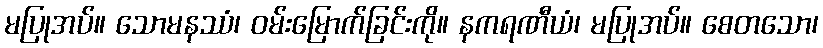
မပြုအပ်။ သောမနဿံ၊ ဝမ်းမြောက်ခြင်းကို။ နကရဏီယံ၊ မပြုအပ်။ စေတသော၊